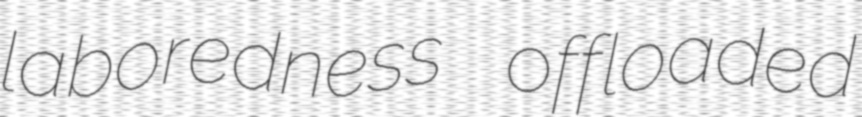
laboredness offloaded